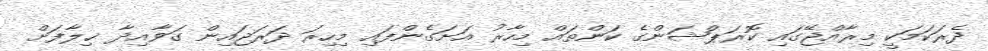
ދެރަކަމަކީ މިރާއްޖޭގައި ކޮރަޕްޝަންގެ ކަންތައް މިހާރު އަށަގެންފައި މިހިރަ ދަރަޖައިން ގަވާއިދާ ޚިލާފަށް